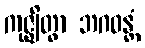
ကုဇ္ဈိတွာ ဘဂဝန္တံ